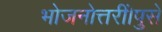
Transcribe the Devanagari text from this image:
भोजनोत्तरीं।पुसे